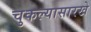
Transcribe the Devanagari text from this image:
चुकल्यासारखे